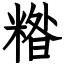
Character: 糌